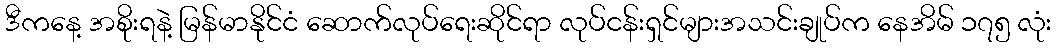
ဒီကနေ့ အစိုးရနဲ့ မြန်မာနိုင်ငံ ဆောက်လုပ်ရေးဆိုင်ရာ လုပ်ငန်းရှင်များအသင်းချုပ်က နေအိမ် ၁၇၅ လုံး